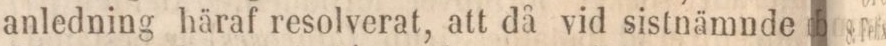
anledning häraf resolverat, att då vid sistnämnde